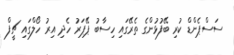
ސަސްޕެންޑް ކުރި ބޭފުޅުންގެ ތެރޭގައި ހިސާބު ޕޭޕަރު ހެދި އިރު ހޯލްގައި ޗީފް